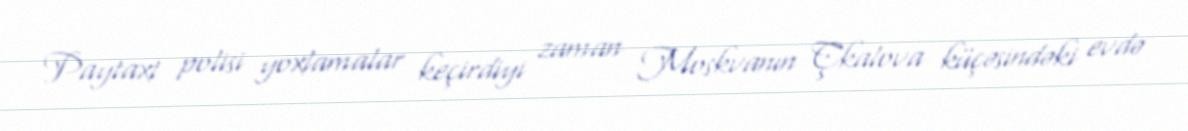
Paytaxt polisi yoxlamalar keçirdiyi zaman Moskvanın Çkalova küçəsindəki evdə